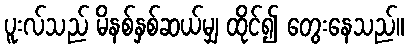
ပူးလ်သည် မိနစ်နှစ်ဆယ်မျှ ထိုင်၍ တွေးနေသည်။